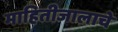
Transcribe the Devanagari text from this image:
माहितीजालाचे